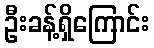
ဦးခန့်ရှိကြောင်း